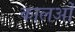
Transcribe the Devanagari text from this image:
कालओं